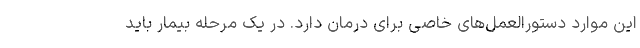
این موارد دستورالعمل‌های خاصی برای درمان دارد. در یک مرحله بیمار باید